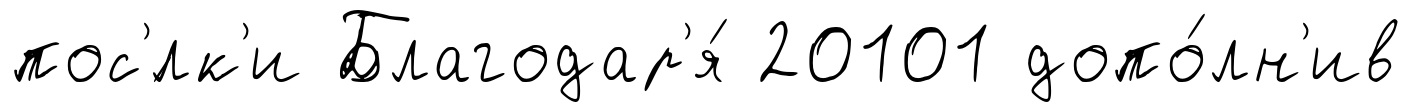
пос'́лк'и Благодар'я́ 20101 допо́лн'ив